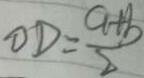
O D = \frac { a + b } { 2 }